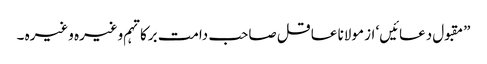
”مقبول دعائیں‘ از مولانا عاقل صاحب دامت برکاتہم وغیرہ وغیرہ ۔